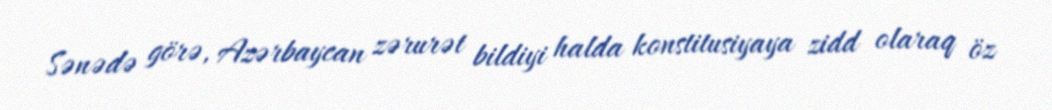
Sənədə görə, Azərbaycan zərurət bildiyi halda konstitusiyaya zidd olaraq öz